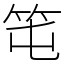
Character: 𥫱